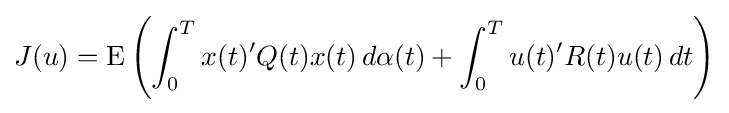
J(u)=\operatorname {E} \left(\int _{0}^{T}x(t)'Q(t)x(t)\,d\alpha (t)+\int _{0}^{T}u(t)'R(t)u(t)\,dt\right)